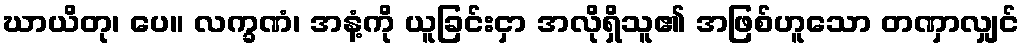
ဃာယိတု၊ ပေ။ လက္ခဏံ၊ အနံ့ကို ယူခြင်းငှာ အလိုရှိသူ၏ အဖြစ်ဟူသော တဏှာလျှင်